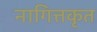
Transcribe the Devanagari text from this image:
नागित्तकृत